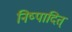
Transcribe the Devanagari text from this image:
निष्पादित्